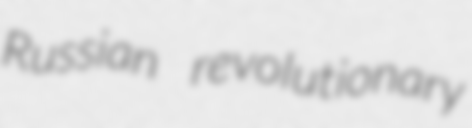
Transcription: Russian revolutionary